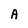
Character: A